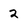
Character: 2